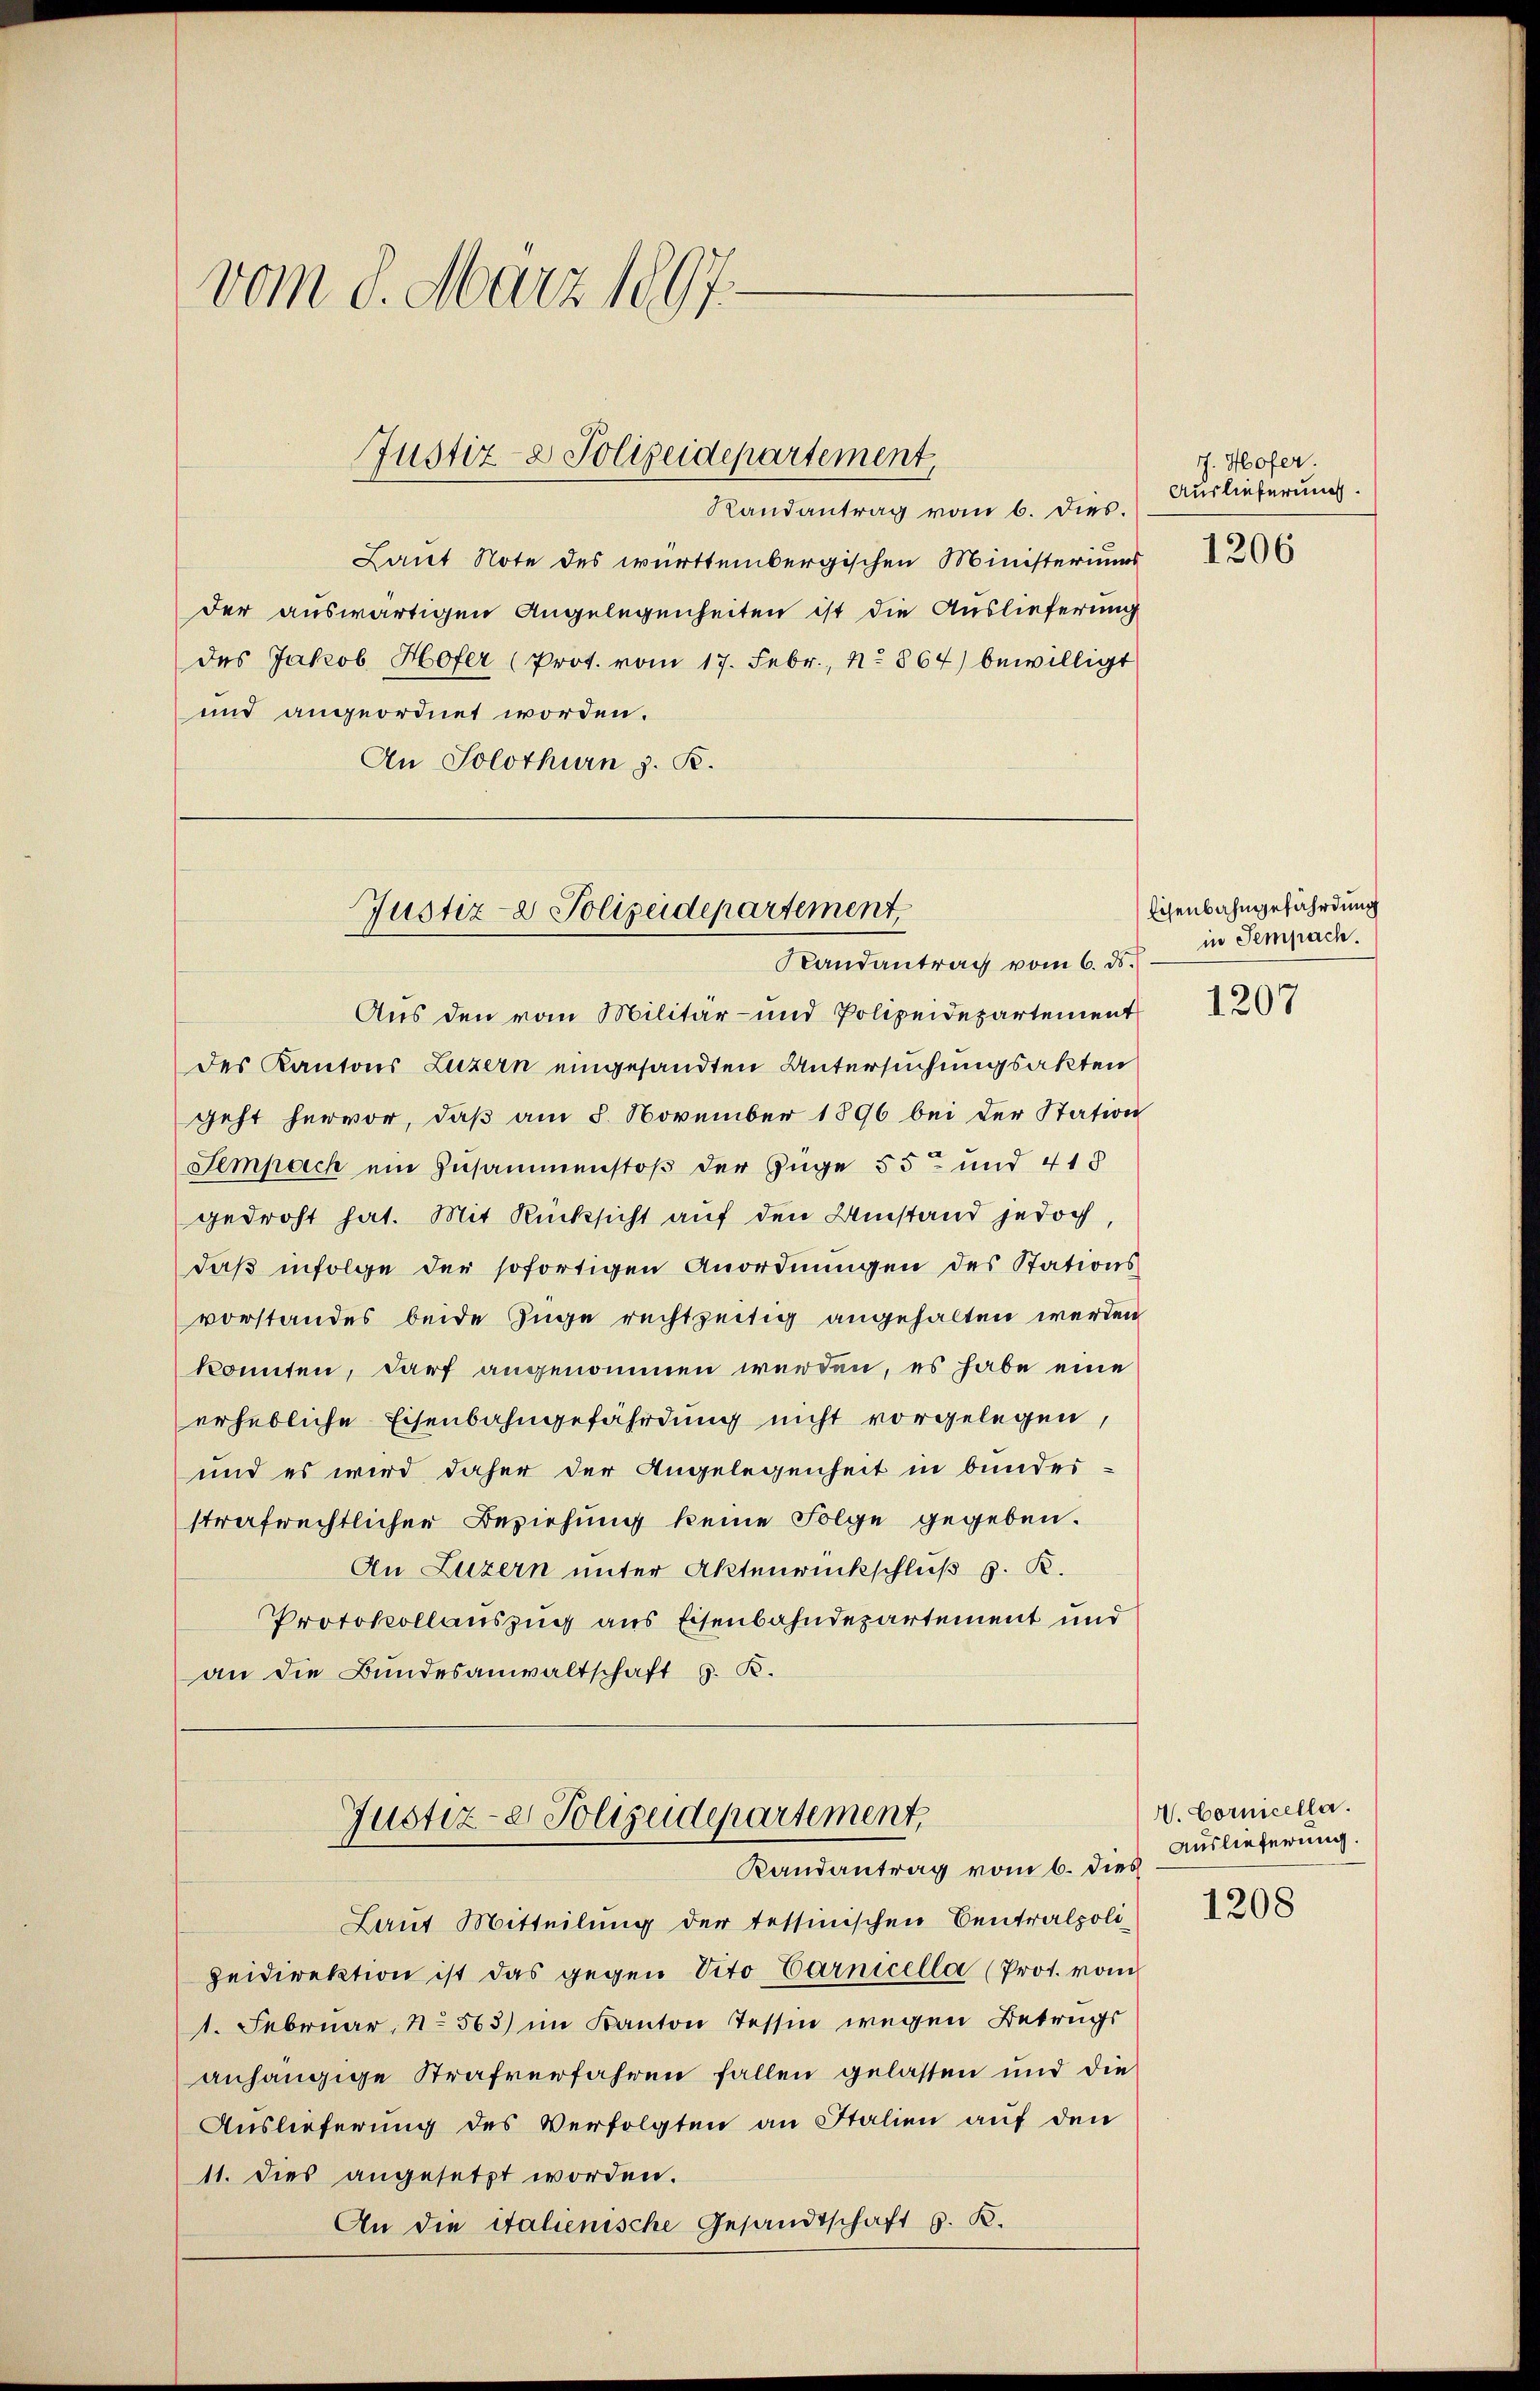
vom 8. März 1897

Randantrag vom 6. dies.
Laŭt Note des württembergischen Ministeriums 206
der auswärtigen Angelegenheiten ist die Auslieferung
des Jakob Hofer (Prot. vom 17. Febr., No 864) bewilligt
und angeordnet worden.
An Solothurn z. R.

Justiz- & Polizeidepartement,

Justiz- & Polizeidepartement
Randantrag vom 6. ds.

Justiz-er Polizeidepartement,
Randantrag vom 6. dies

Laut Mitteilung der tessinischen Centralpoli
zeidirektion ist das gegen Vito Carnicella (Prot. vom
1. Februar, No 563) im Kanton Tessin wegen Betrags
anhängige Strafverfahren fallen gelassen und die
Auslieferung des Verfolgten an Italien auf den
11. Dies angesetzt worden.
An die italienische Gesandtschaft G. K.

Aus den vom Militär- und Polizeidepartement
des Kantons Luzern eingesandten Untersuchungsakten
geht hervor, daß am 8. November 1896 bei der Station
Sempach ein Zusammenstoß der Zuge 55 und 418
gedroht hat. Mit Rücksicht auf den Umstand jedoch
daß infolge der sofortigen Anordnungen des Stationsvorstandes beide Züge rechtzeitig angehalten werden
konnten, darf angenommen werden, es habe eine
erhebliche Eisenbahngefährdung nicht vorgelegen,
und es wird daher der Angelegenheit in bunderstrafrechtlichen Beziehung keine Folge gegeben.
An Luzern unter Aktenrückschluß s. R.
Protokollauszug aus Eisenbahndepartement und
an die Bundesanwaltschaft G. K.

J. Hofer.
Auslieferung.

Eisenbahngefährdung
in Sempach.

1207

A. Cornicella.
Auslieferung.
1208